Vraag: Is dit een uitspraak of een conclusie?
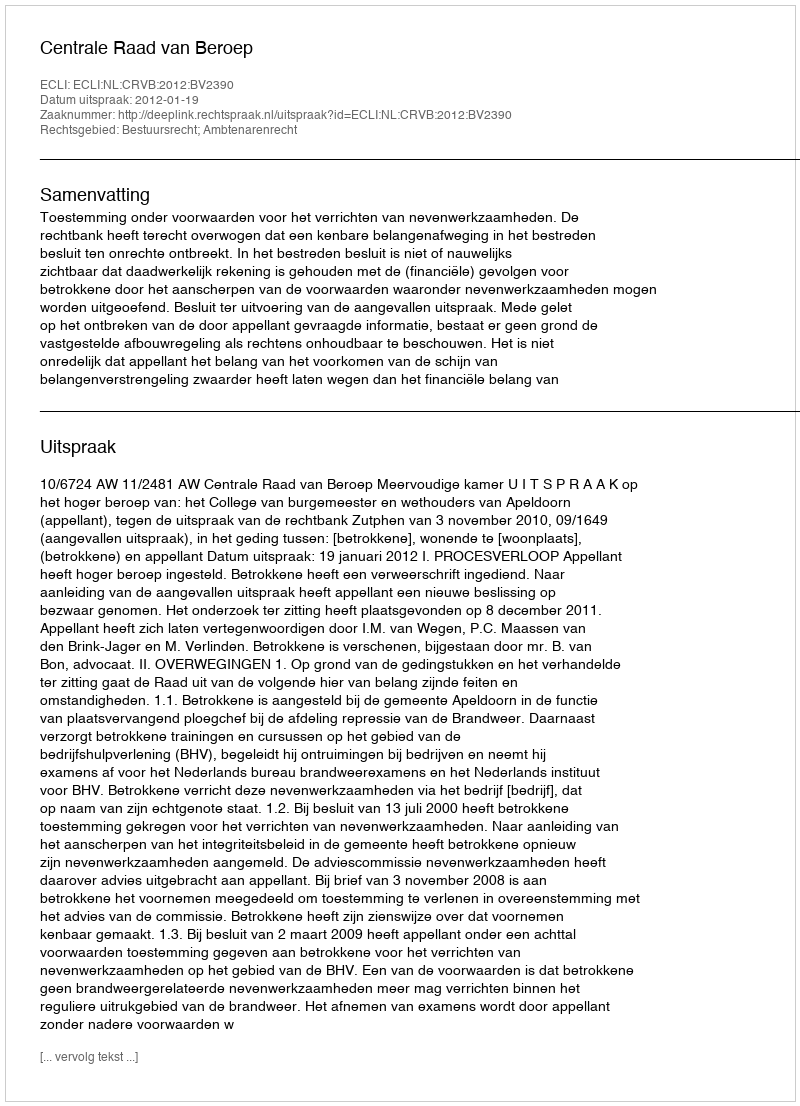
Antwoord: Uitspraak